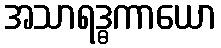
အသာရဒ္ဓကာယော